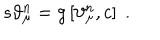
s \vartheta _ { \mu } ^ { n } = g \left[ \vartheta _ { \mu } ^ { n } , c \right] \; .